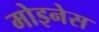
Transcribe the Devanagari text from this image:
मोइनेस